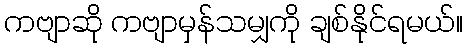
ကဗျာဆို ကဗျာမှန်သမျှကို ချစ်နိုင်ရမယ်။